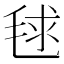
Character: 毬